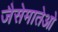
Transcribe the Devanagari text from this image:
जैसेमातेओ